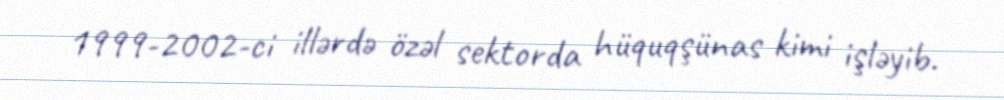
1999-2002-ci illərdə özəl sektorda hüquqşünas kimi işləyib.